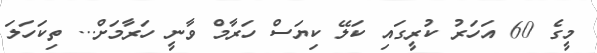
މީގެ 60 އަހަރު ކުރީގައި ކަލޭ ކިޔަސް ހަރާމް ވާނީ ހަރާމަށް... ތިކަހަލަ